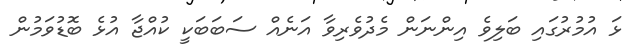
ޅަ އުމުރުގައި ބަލިވެ އިންނަން މެދުވެރިވާ އަނެއް ސަބަބަކީ ކުއްޖާ އުޅެ ބޮޑުވަމުން